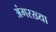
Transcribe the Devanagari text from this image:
अंगरख्या